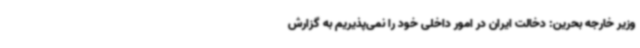
وزیر خارجه بحرین: دخالت ایران در امور داخلی خود را نمی‌پذیریم به گزارش